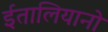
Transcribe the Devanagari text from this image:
ईतालियानो